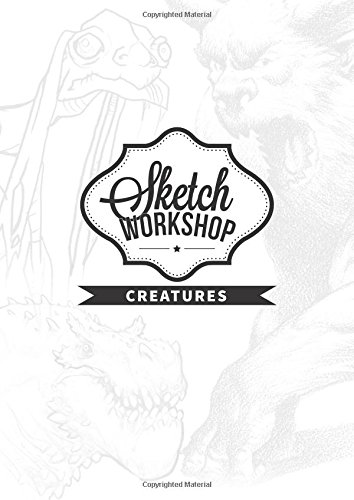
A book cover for Sketch Workshop: Creatures; Arts & Photography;